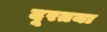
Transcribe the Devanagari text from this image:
दूरतया